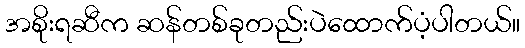
အစိုးရဆီက ဆန်တစ်ခုတည်းပဲထောက်ပံ့ပါတယ်။